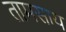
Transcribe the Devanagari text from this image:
तामसाय